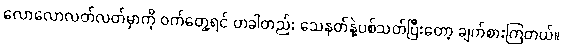
လောလောလတ်လတ်မှာကို ဝက်တွေ့ရင် တခါတည်း သေနတ်နဲ့ပစ်သတ်ပြီးတော့ ချက်စားကြတယ်။